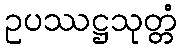
ဥပဿဋ္ဌသုတ္တံ